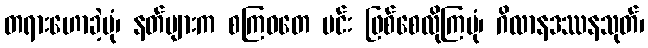
တရားဟောခဲ့ပုံ၊ နတ်များက စကြဝတေ မင်း ဖြစ်စေလိုကြပုံ၊ ဂိလာနဒဿနသုတ်၊